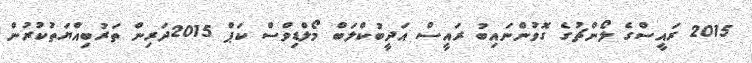
2015 ރައީސްގެ ލޯންޗުގެ ގޮވުންނައިބު ރައީސް އަދީބުކްލަބް މޯލްޑިވްސް ކަޕް 2015ދަރިން ތަރުބިއްޔަތުކުރުން